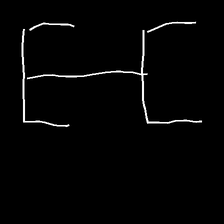
Glyph: entwine